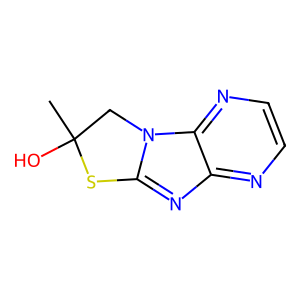
SMILES: CC1(O)Cn2c(nc3nccnc32)S1
Inhibits HIV replication: No